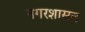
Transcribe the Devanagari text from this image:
नगरशासन